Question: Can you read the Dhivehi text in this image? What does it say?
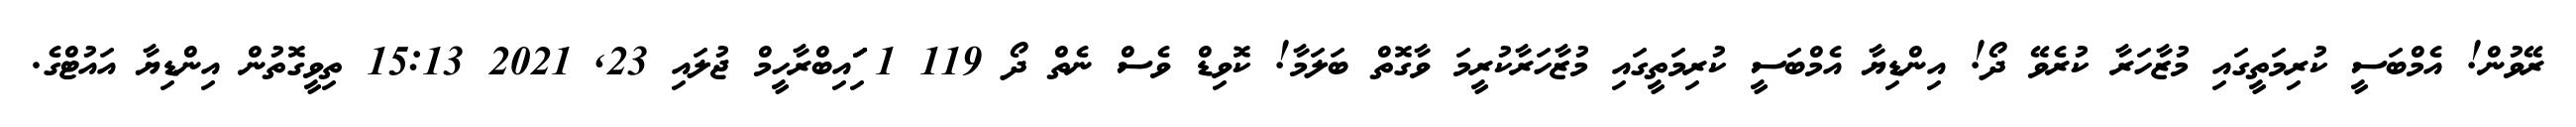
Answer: ރޭވުން! އެމްބަސީ ކުރިމަތީގައި މުޒާހަރާ ކުރެވޭ ދޯ! އިންޑިޔާ އެމްބަސީ ކުރިމަތީގައި މުޒާހަރާކުރީމަ ވާގޮތް ބަލަމާ! ކޮވިޑް ވެސް ނެތް ދޯ 119 1 ަިަަައިބްރާހީމް ޖުލައި 23, 2021 15:13 ތިވީގޮތުން އިންޑިޔާ އައުޓްގެ.